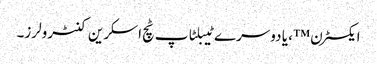
ایکسٹرن ™ ، یا دوسرے ٹیبلٹاپ ٹچ اسکرین کنٹرولرز۔